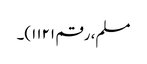
مسلم، رقم ۱۱۲۱)۔